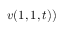
v ( 1 , 1 , t ) )